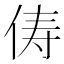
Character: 俦